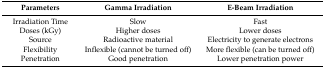
<table><thead><tr><td><b>Parameters</b></td><td><b>Gamma Irradiation</b></td><td><b>E-Beam Irradiation</b></td></tr></thead><tbody><tr><td>Irradiation Time</td><td>Slow</td><td>Fast</td></tr><tr><td>Doses (kGy)</td><td>Higher doses</td><td>Lower doses</td></tr><tr><td>Source</td><td>Radioactive material</td><td>Electricity to generate electrons</td></tr><tr><td>Flexibility</td><td>Inflexible (cannot be turned off)</td><td>More flexible (can be turned off)</td></tr><tr><td>Penetration</td><td>Good penetration</td><td>Lower penetration power</td></tr></tbody></table>